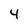
Character: 4